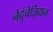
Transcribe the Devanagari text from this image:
नेदुंचेज़ियन